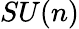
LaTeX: SU(n)